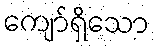
ကျော်ရှိသော